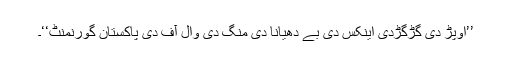
’’اوپڑ دی گڑگڑدی اینکس دی بے دھیانا دی منگ دی وال آف دی پاکستان گورنمنٹ‘‘۔